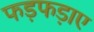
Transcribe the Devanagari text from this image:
फड़फड़ाए